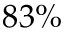
8 3 \%